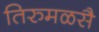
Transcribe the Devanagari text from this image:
तिरुमळसै